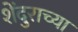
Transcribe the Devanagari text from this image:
शेंदुराच्या